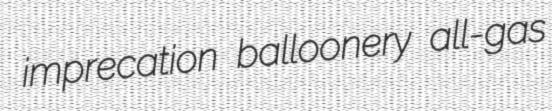
imprecation balloonery all-gas